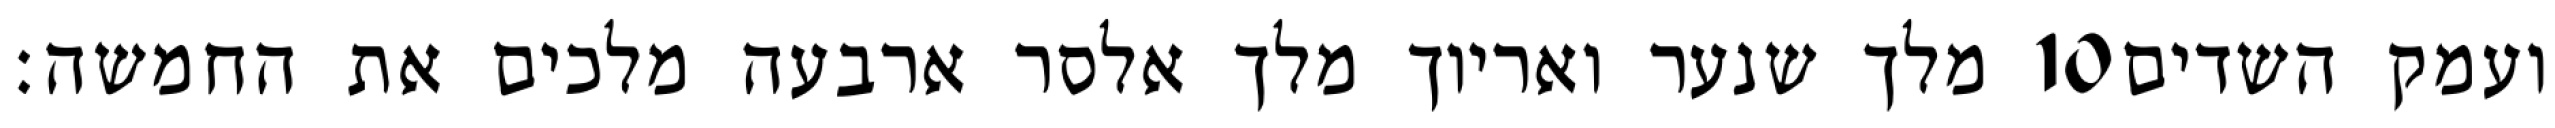
מלך שנער ואריוך מלך אלסר ארבעה מלכים את החמשה׃ ‎10‏ ועמק השדים